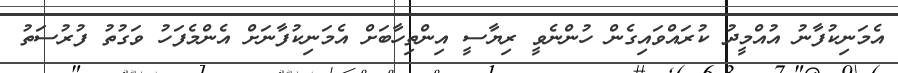
އެމަނިކުފާނު އުއްމީދު ކުރައްވައިގެން ހުންނެވީ ރިޔާސީ އިންތިހާބަށް އެމަނިކުފާނަށް އެންމެފަހު ވަގުތު ފުރުސަތު